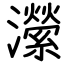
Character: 瀠